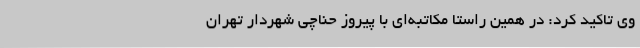
وی تاکید کرد: در همین راستا مکاتبه‌ای با پیروز حناچی شهردار تهران